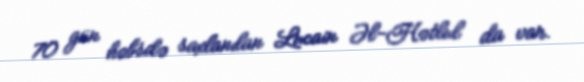
70 gün həbsdə saxlanılan Lucain Əl-Hətlul da var.